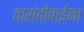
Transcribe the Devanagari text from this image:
वासंतीबाईंना